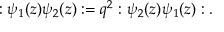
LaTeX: : \psi _ { 1 } ( z ) \psi _ { 2 } ( z ) : = q ^ { 2 } : \psi _ { 2 } ( z ) \psi _ { 1 } ( z ) : .